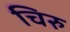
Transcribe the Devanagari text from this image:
चिरु